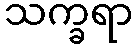
သက္ခရာ